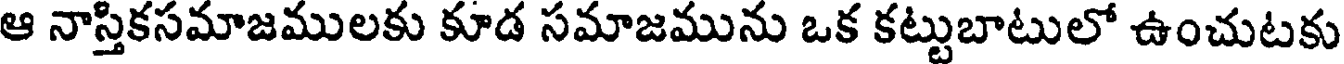
ఆ నాస్తికసమాజములకు కూడ సమాజమును ఒక కట్టుబాటులో ఉంచుటకు